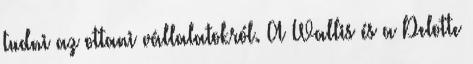
tudni az ottani vállalatokról. A Wallis és a Delotte